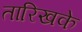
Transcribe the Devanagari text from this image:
तारिखके